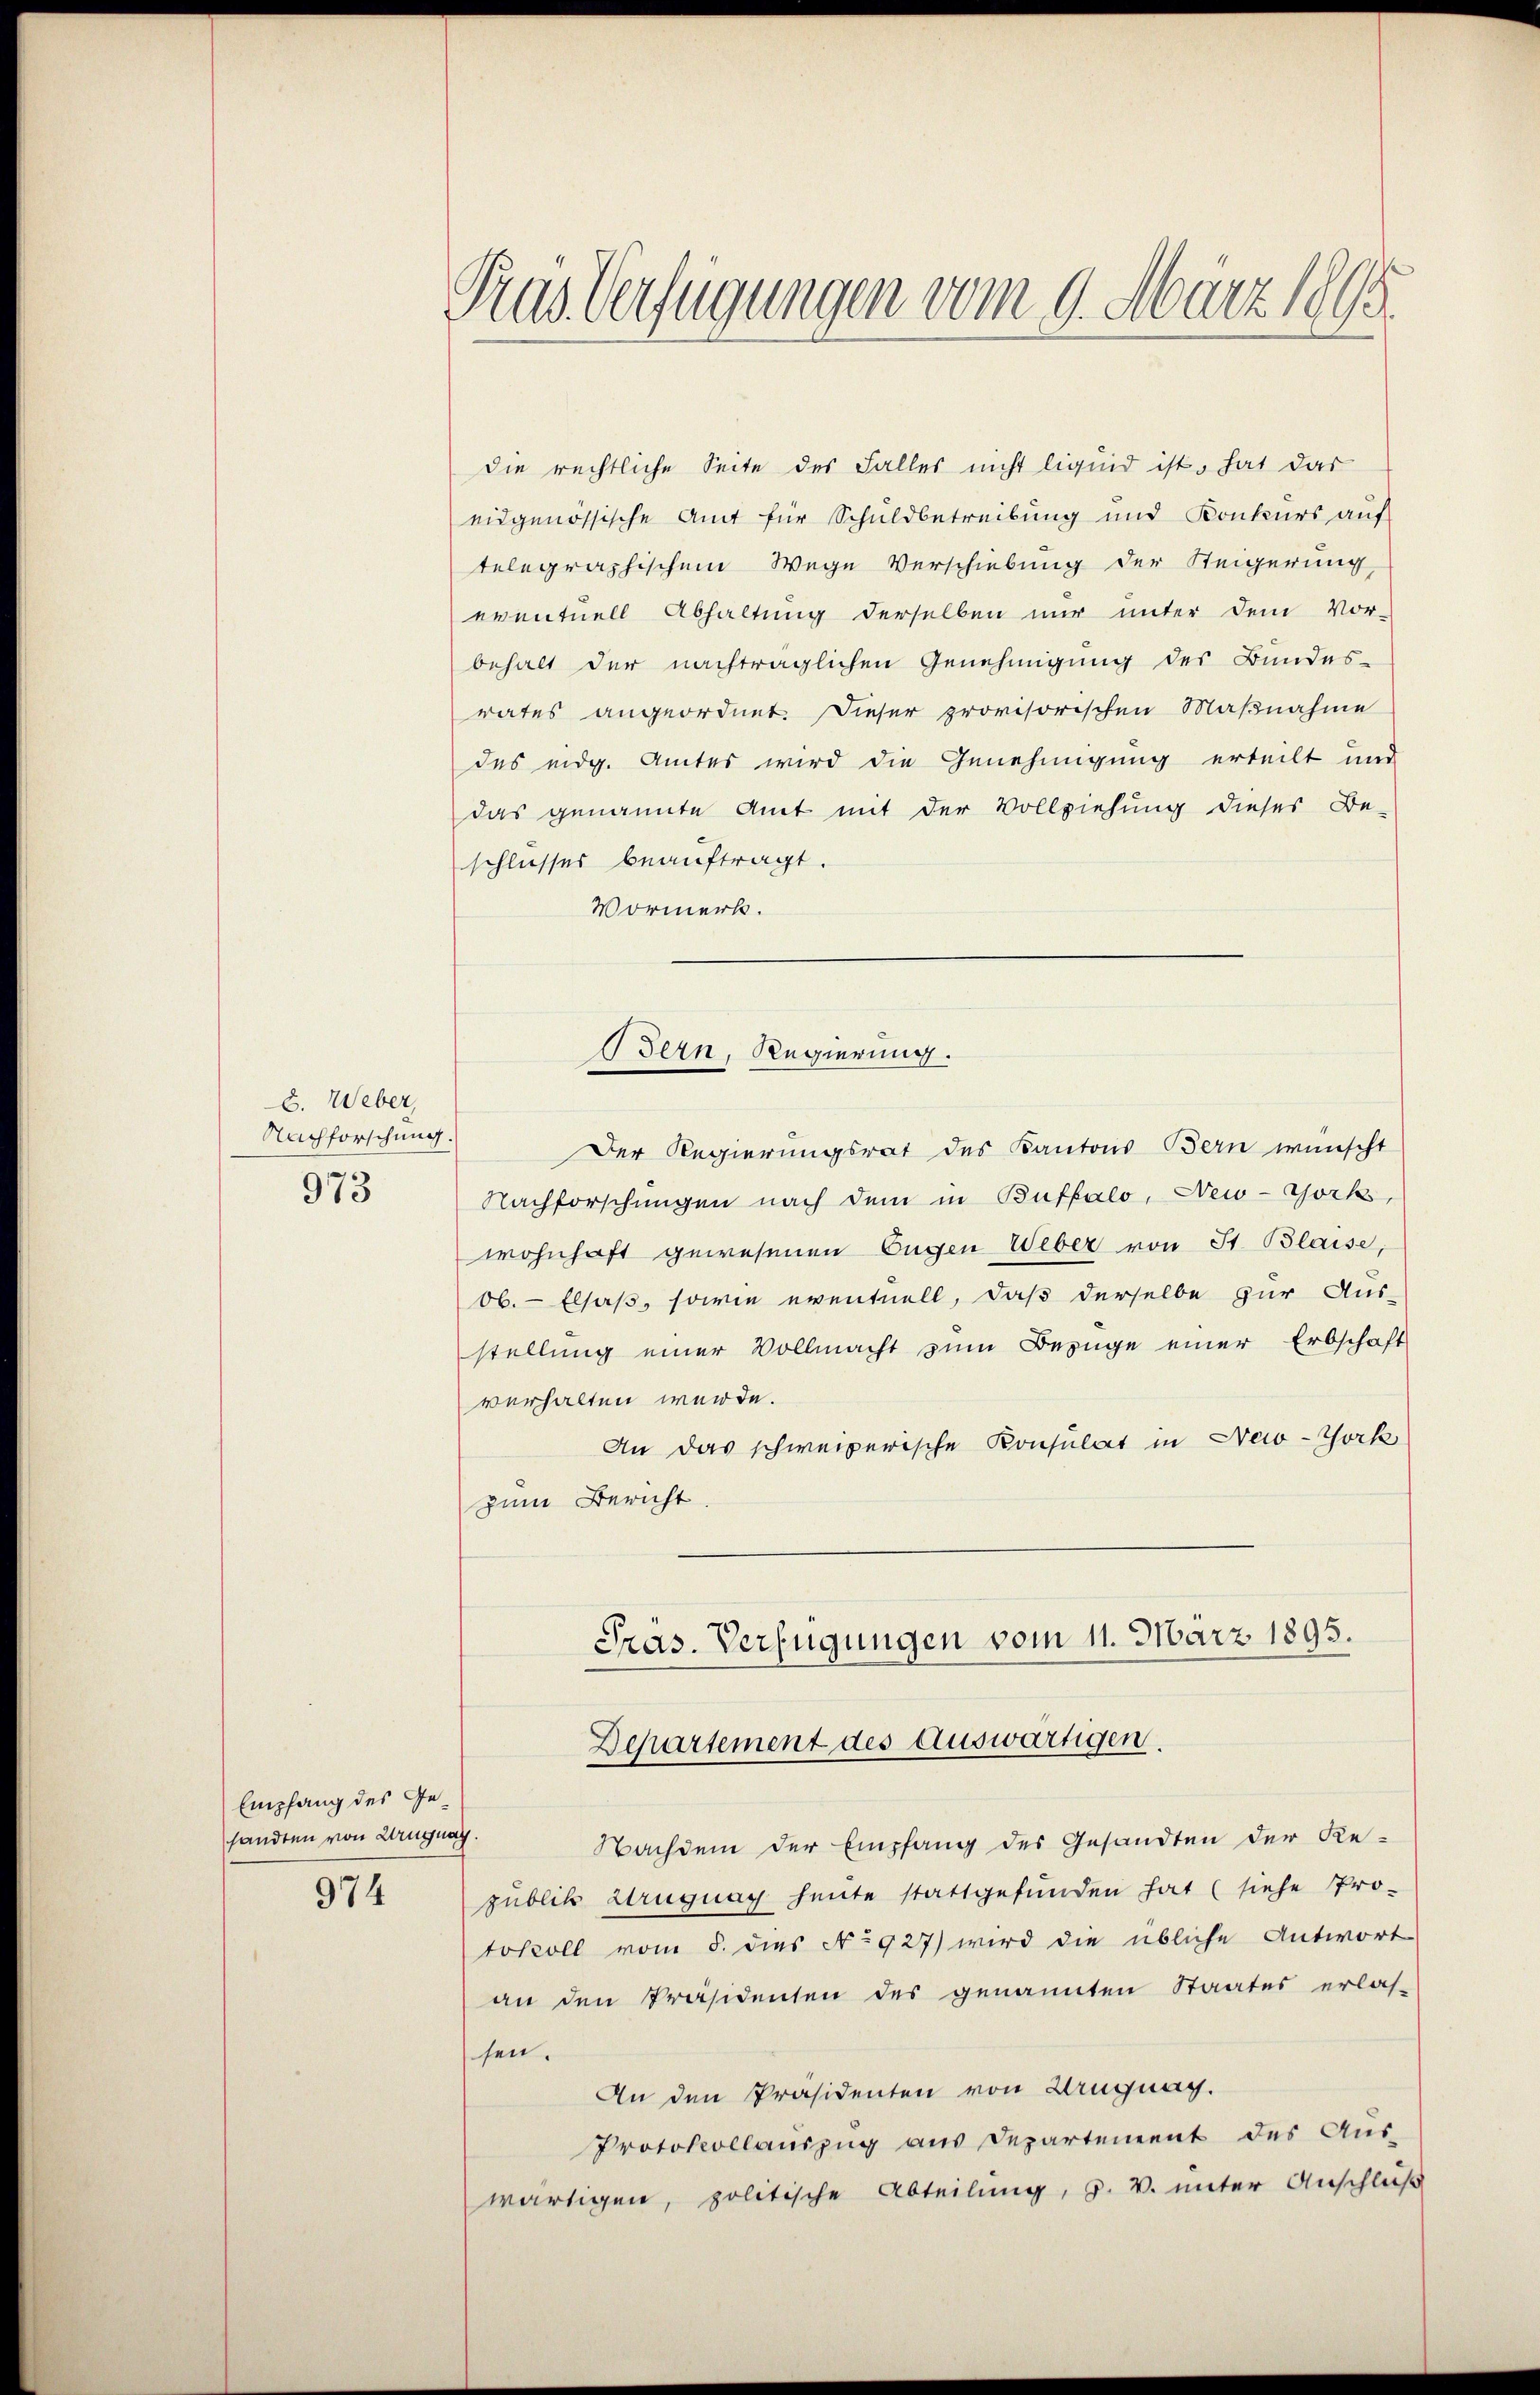
c. Weber,
Nachforschung.
973

die rechtliche Seite des Falles nicht liquid ist, hat das
eidgenössische Amt für Schuldbetreibung und Konkurs auf
telegraphischem Wege Verschiebung der Steigerung,
eventuell Abhaltung derselben nur unter dem Vor-
behalt der nachträglichen Genehmigung des Bundes-
rates angeordnet. Dieser provisorischen Maβnahme
des eidg. Amtes wird die Genehmigung erteilt und
das genannte Amt mit der Vollziehung dieses Be-
schlusses beauftragt.
Vormerk.
Der Regierungsrat des Kantons Bern wünscht
Nachforschungen nach dem in Buffalo, New-York,
wohnhaft gewesenen Eugen Weber von St. Blaise,
ob. - Elsaß, sowie eventuell, daß derselbe zur Aus-
stellung einer Vollmacht zum Bezüge einer Erbschaft
verhalten werde.
An das schweizerische Konsulat in New-York
zum Bericht.
Präs. Verfügungen vom 11. März 1895.
Departement des Auswärtigen.
Nachdem der Empfang des Gesandten der Re-
publik Wruguay heute stattgefunden hat (siehe Pro-
tokoll vom 5. dies No 927) wird die übliche Antwort
an den Präsidenten des genannten Staates erlas-
sen.
An den Präsidenten von Wangnay.
Protokollauszug aus Departement des Aus-
wärtigen, politische Abteilung, v. V. unter Anschluß

Empfang des Gesandten von Kruguay.

974

Pras Verfügungen vom 9. März 1895

Bern, Regierung.